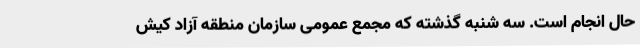
حال انجام است. سه شنبه گذشته که مجمع عمومی سازمان منطقه آزاد کیش